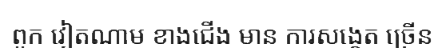
ពួក វៀតណាម ខាងជើង មាន ការសង្កេត ច្រើន